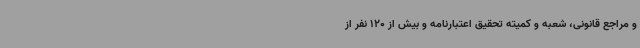
و مراجع قانونی، شعبه و کمیته تحقیق اعتبارنامه و بیش از 120 نفر از